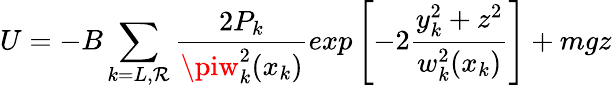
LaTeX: U=-B\sum_{k=L,\mathcal{R}}\frac{{2P_{k}}}{{\piw_{k}^{2}(x_{k})}}exp\left[{-2\frac{{y_{k}^{2}+z^{2}}}{{w_{k}^{2}(x_{k})}}}\right]+mgz